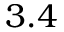
3 . 4